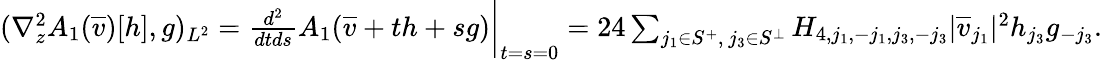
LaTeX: \begin{array}{r}{(\nabla_{z}^{2}A_{1}(\overline{{v}})[h],g)_{L^{2}}=\frac{d^{2}}{dtds}A_{1}(\overline{{v}}+th+sg)\bigg|_{t=s=0}=24\sum_{j_{1}\in S^{+},\ j_{3}\in S^{\perp}}H_{4,j_{1},-j_{1},j_{3},-j_{3}}|\overline{{v}}_{j_{1}}|^{2}h_{j_{3}}g_{-j_{3}}.}\end{array}